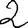
Digit: 2